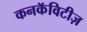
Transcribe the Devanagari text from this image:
कनकॅविटीज़